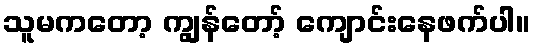
သူမကတော့ ကျွန်တော့် ကျောင်းနေဖက်ပါ။